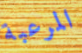
المرعبة